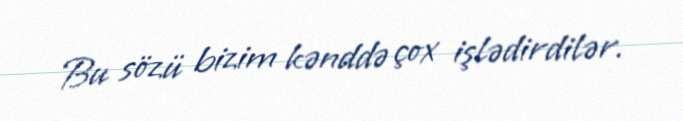
Bu sözü bizim kənddə çox işlədirdilər.